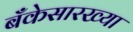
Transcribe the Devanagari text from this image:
बँकेसारख्या